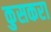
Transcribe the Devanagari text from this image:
कुसकरा